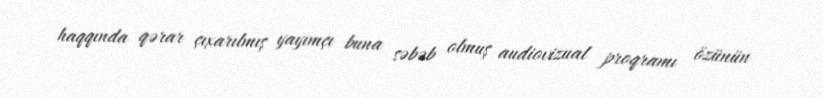
haqqında qərar çıxarılmış yayımçı buna səbəb olmuş audiovizual proqramı özünün